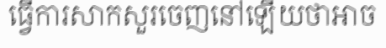
ធ្វើការសាកសួរចេញនៅឡើយថាអាច